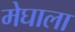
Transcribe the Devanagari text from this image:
मेघाला